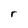
Character: r